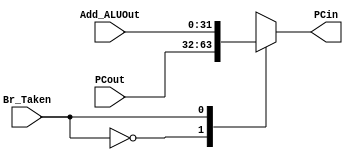
module Mux4 (	
  input wire [31:0] PCout, Add_ALUOut,
	input wire Br_Taken,
	output reg [31:0] PCin);

always @(*) 
	 begin
		case (Br_Taken)
			0: PCin = PCout ;
			1: PCin = Add_ALUOut;
		endcase
	end
	
endmodule